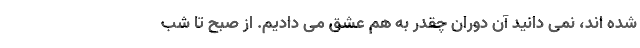
شده اند، نمی دانید آن دوران چقدر به هم عشق می دادیم. از صبح تا شب